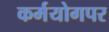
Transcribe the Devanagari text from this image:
कर्मयोगपर